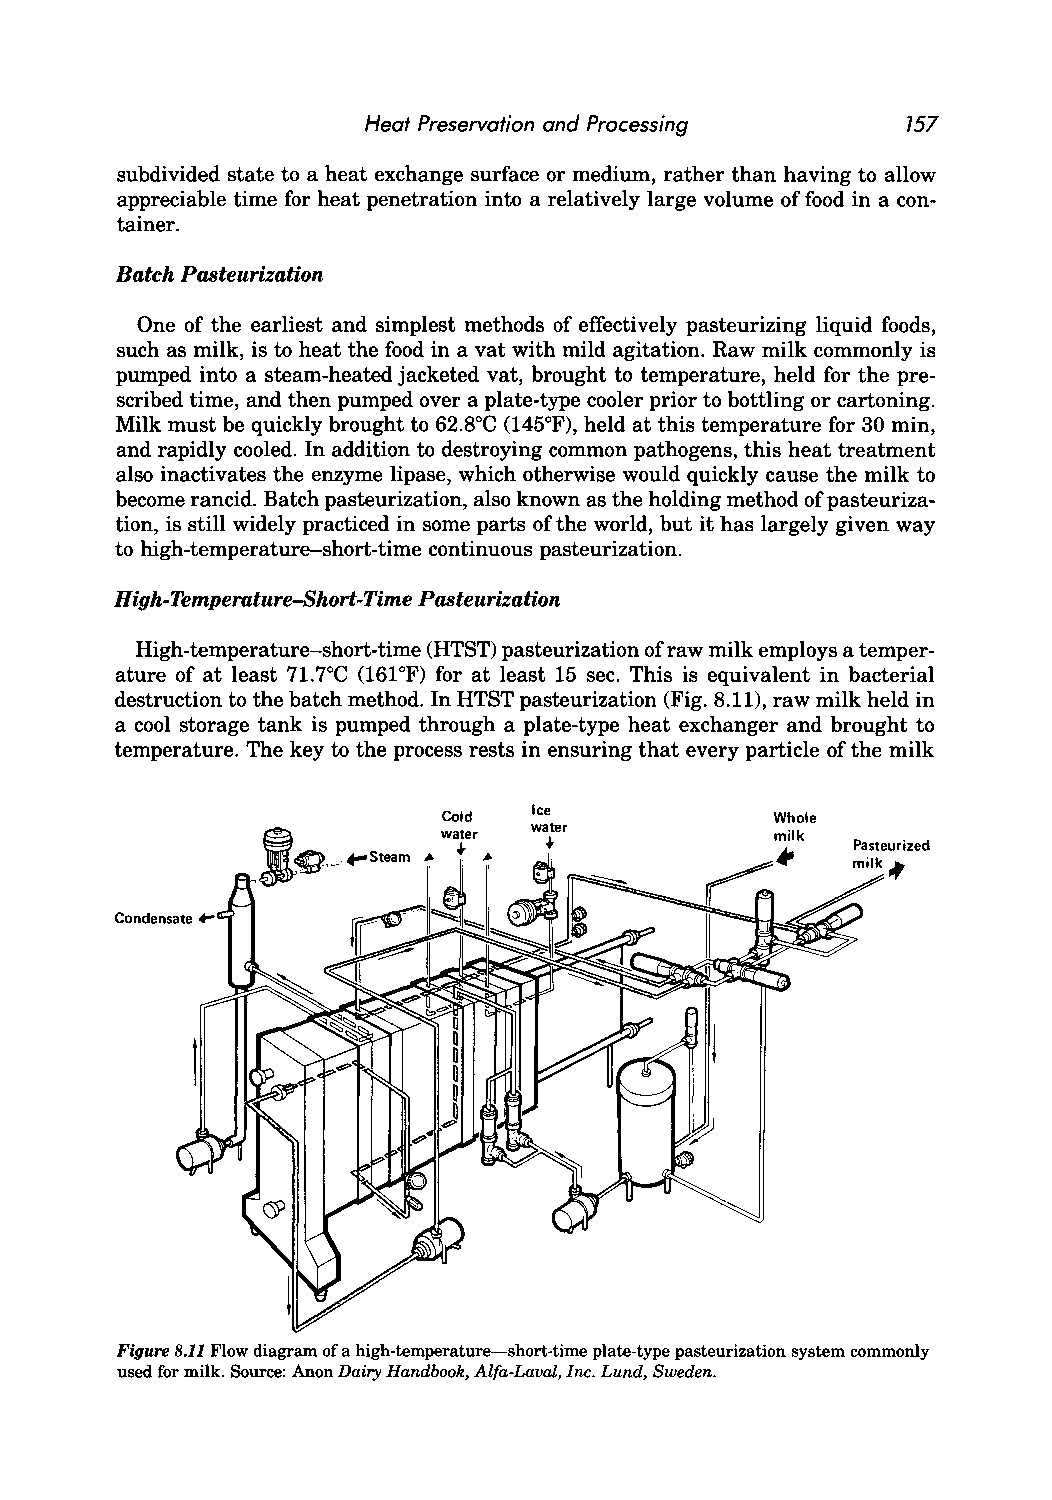
Heat Preservation and Processing    757
 subdivided state to a heat exchange surface or medium, rather than having to allow
 appreciable time for heat penetration into a relatively large volume of food in a con
 tainer.
 Batch Pasteurization
 One of the earliest and simplest methods of effectively pasteurizing liquid foods,
 such as milk, is to heat the food in a vat with mild agitation. Raw milk commonly is
 pumped into a steam-heated jacketed vat, brought to temperature, held for the pre
 scribed time, and then pumped over a plate-type cooler prior to bottling or cartoning.
 Milk must be quickly brought to 62.8°C (145°F), held at this temperature for 30 min,
 and rapidly cooled. In addition to destroying common pathogens, this heat treatment
 also inactivates the enzyme lipase, which otherwise would quickly cause the milk to
 become rancid. Batch pasteurization, also known as the holding method of pasteuriza
 tion, is still widely practiced in some parts of the world, but it has largely given way
 to high-temperature-short-time continuous pasteurization.
 High-Temperature-Short-Time Pasteurization
 High-temperature-short-time (HTST) pasteurization of raw milk employs a temper
 ature of at least 71.7°C (161°F) for at least 15 sec. This is equivalent in bacterial
 destruction to the batch method. In HTST pasteurization (Fig. 8.11), raw milk held in
 a cool storage tank is pumped through a plate-type heat exchanger and brought to
 temperature. The key to the process rests in ensuring that every particle of the milk
 Ice
 Cold                  Whole
 water
 wa•te r
 milk
 Figure 8.11 Flow diagram of a high-temperature-short-time plate-type pasteurization system commonly
 used for milk. Source: Anon Dairy Handbook, Alfa-Laval, Inc. Lund, Sweden.